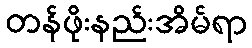
တန်ဖိုးနည်းအိမ်ရာ